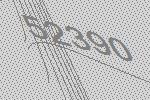
52390